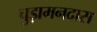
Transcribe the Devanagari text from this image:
चुड़ामनदास